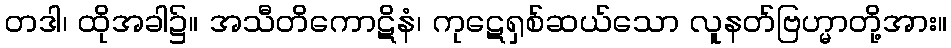
တဒါ၊ ထိုအခါ၌။ အသီတိကောဋိနံ၊ ကုဋေရှစ်ဆယ်သော လူနတ်ဗြဟ္မာတို့အား။